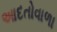
આદતોવાળા